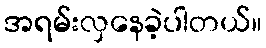
အရမ်းလှနေခဲ့ပါတယ်။